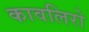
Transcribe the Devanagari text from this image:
कावलिरो